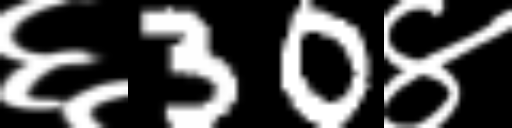
Text: ६30४